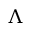
\Lambda